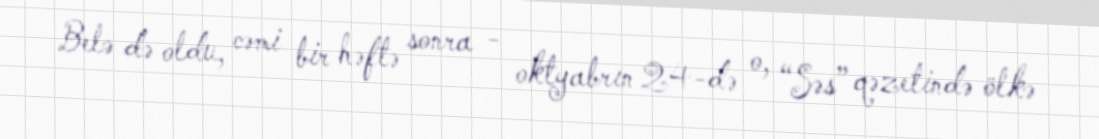
Belə də oldu, cəmi bir həftə sonra - oktyabrın 24-də o, “Səs” qəzetində ölkə